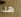
هذا